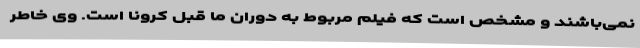
نمی‌باشند و مشخص است که فیلم مربوط به دوران ما قبل کرونا است. وی خاطر